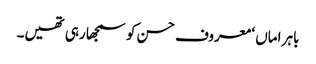
باہر اماں ‘ معروف حسن کو سمجھا رہی تھیں۔